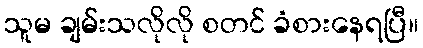
သူမ ချမ်းသလိုလို စတင် ခံစားနေရပြီ။